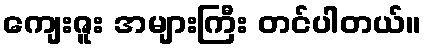
ကျေးဇူး အများကြီး တင်ပါတယ်။